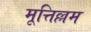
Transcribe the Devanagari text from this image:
मूत्तिल्लम